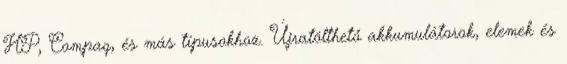
HP, Compaq, és más típusokhoz. Újratölthető akkumulátorok, elemek és